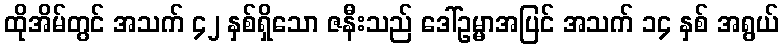
ထိုအိမ်တွင် အသက် ၄၂ နှစ်ရှိသော ဇနီးသည် ဒေါ်ဥမ္မာအပြင် အသက် ၁၄ နှစ် အရွယ်